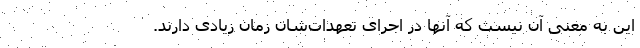
این به معنی آن نیست که آنها در اجرای تعهدات‌شان زمان زیادی دارند.